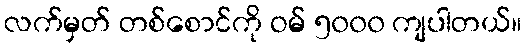
လက်မှတ် တစ်စောင်ကို ဝမ် ၅၀၀၀ ကျပါတယ်။